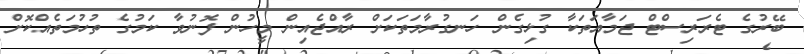
ބޭރުގެ ޓެރަރިސްޓް ޖަމާއަތަކާ ގުޅިގެން ހަނގުރާމަތަކަށް ރާއްޖެއިން މީހުން ފޮނުވާ ކަމުގެ ތުހުމަތެއްކޮށް